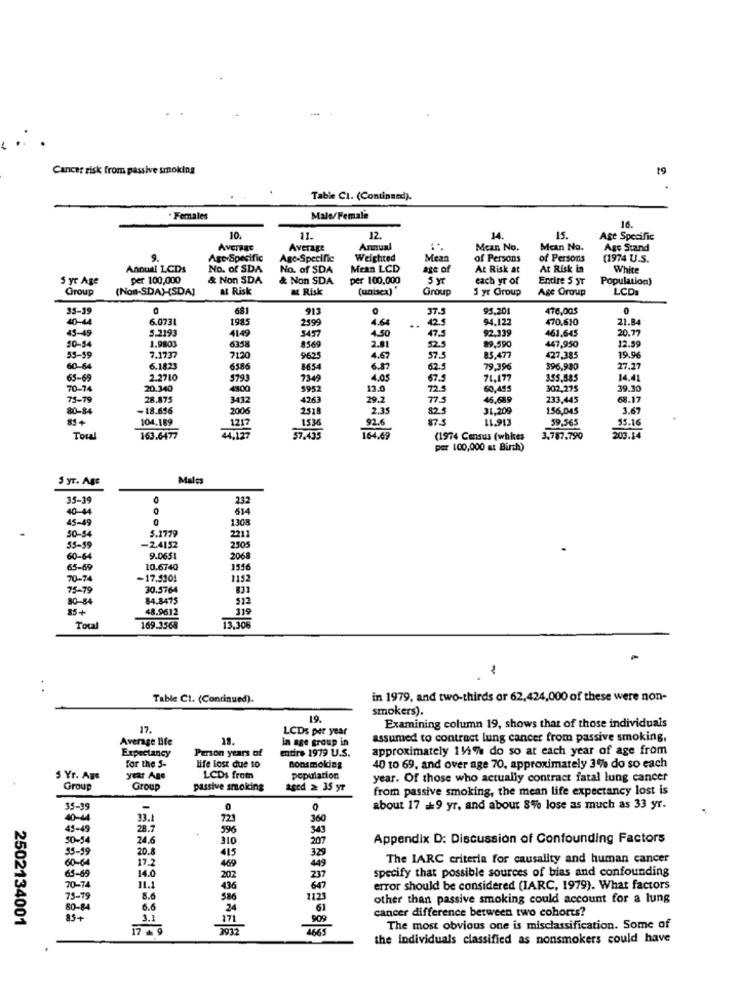
Cancer risk from passive smoking
19
Table CI. (Continued).
. Females
Male/Female
16.
10.
11.
12.
14
15.
Age Specific
AVETREE
Average
Annual
Mean No.
Man Na.
Age Stand
9.
Age-Specific
Age-Specific
Weighted
Mean
of Persons
of Persons
(1974 U.S.
Annual LCD
No. of SDA
No. of SDA
Mean LCD
age of
At Risk at
At Risk in
White
5 yr Age
per 100,000
& Non SDA
& Non SDA
per 100,000
5 yr
each yr of
Entire 5 ST
Population)
Group
(Non-SDA)-(SDAJ
at Risk
& Risk
(unisex)
Group
5 yr Group
Age Group
LCD
35-19
681
913
37.5
95,201
476,00$
40-44
6.073
1985
2599
4.61
94.122
470,610
21.8
45-49
5.2193
4149
3457
4.50
...
92,339
461.645
20.77
50-54
47.5
1.9803
6358
8569
2.81
89,590
447,950
12.59
55-59
7.1737
7120
9625
4.67
57.5
83,477
427,385
19.9
60-64
6.1823
6386
8654
6.87
62.5
79.396
396,980
27.27
65-69
2.2710
$793
7349
4.05
67.5
71.177
355,585
14.4
70-7
20.340
4800
5952
13.0
725
60,495
302,275
39.90
79-79
28.875
3432
4263
29.2
775
46.689
233,445
68.17
80-84
-18.656
2006
2518
2.35
82.5
21.209
156,045
3.67
85+
104.169
1536
92.6
11.913
59,565
55.16
1217
Toul
163.6477
44,127
37.435
164.69
(1974 Census (whites
3.787.790
203.14
per 100,000 at Birth)
5 yr. Age
Males
35-39
232
40-44
45-49
1308
50-54
5.1779
2211
55-59
-2.4152
2305
60-64
9.0651
2068
65-69
10.6740
1556
70-74
-17.5901
1152
75-79
30.5764
80-84
84.8475
512
15+
48.9612
319
13.30%
Total
169.3568
1
..
Table CI. (Continued).
in 1979, and two-thirds or 62,424,000 of these were non-
smokers).
19.
17.
LCDs per year
Examining column 19, shows that of those individuals
Average Bife
in age group in
assumed to contract lung cancer from passive smoking,
Expectancy
Pron years of
entire 1979 U.S.
approximately 112% do so at each year of age from
for the 5-
life lost due to
nonsmoking
40 to 69, and over age 70, approximately 3% do so each
5 Yr. Age
year Ago
LCDs from
population
year. Of those who actually contract fatal lung cancer
Group
Group
passive smoking
aged ≥ 35 yr
from passive smoking, the mean life expectancy lost is
35-39
-
about 17 == 9 yr, and about 8% lose as much as 33 yr.
40-44
33.1
721
360
45-49
28.7
596
343
50-54
24.6
310
207
Appendix D: Discussion of Confounding Factors
55-59
20.8
415
329
17.2
49
The IARC criteria for causality and human cancer
60-64
14.0
469
specify that possible sources of bias and confounding
63-69
202
237
70-74
11.1
436
error should be considered (IARC, 1979). What factors
75-19
8.6
586
1123
other than passive smoking could account for a lung
80-84
6.6
24
61
cancer difference between two cohorts?
2502134001
85+
3.1
171
909
17 - 9
2012
4635
The most obvious one is misclassification. Some of
the individuals classified as nonsmokers could have